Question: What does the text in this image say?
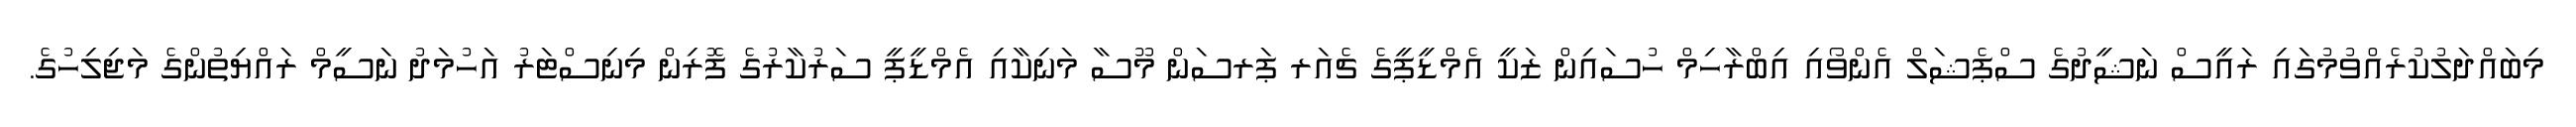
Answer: މިބައްދަލުކުރެއްވުމުގައި ރައީސް ނަޝީދުގެ ސްޕެޝަލް އެންވޯއި އިބްރާހިމް ހުސައިން ޒަކީ އެމްޑީޕީގެ ޗެއަރ ޕަރސަން މޫސާ މަނިކާއި އެމްޑީޕީ ސަރުކާރުގެ ފޮރިން މިނިސްޓަރު އަހުމަދު ނަސީމް ރައްޔިތުންގެ މަޖިލިހުގެ.